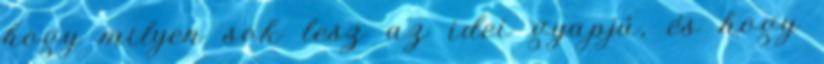
hogy milyen sok lesz az idei gyapjú, és hogy